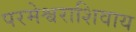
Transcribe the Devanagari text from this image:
परमेश्वराशिवाय